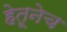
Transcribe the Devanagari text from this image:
हेतूनेच